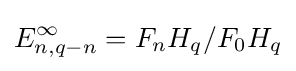
E_{n,q-n}^{\infty }=F_{n}H_{q}/F_{0}H_{q}